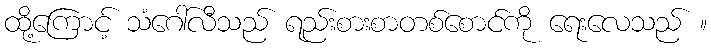
ထို့ကြောင့် သံဂေါ်လီသည် ရည်းစားစာတစ်စောင်ကို ရေးလေသည် ။